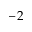
- 2